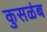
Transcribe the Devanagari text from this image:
कुसळंब